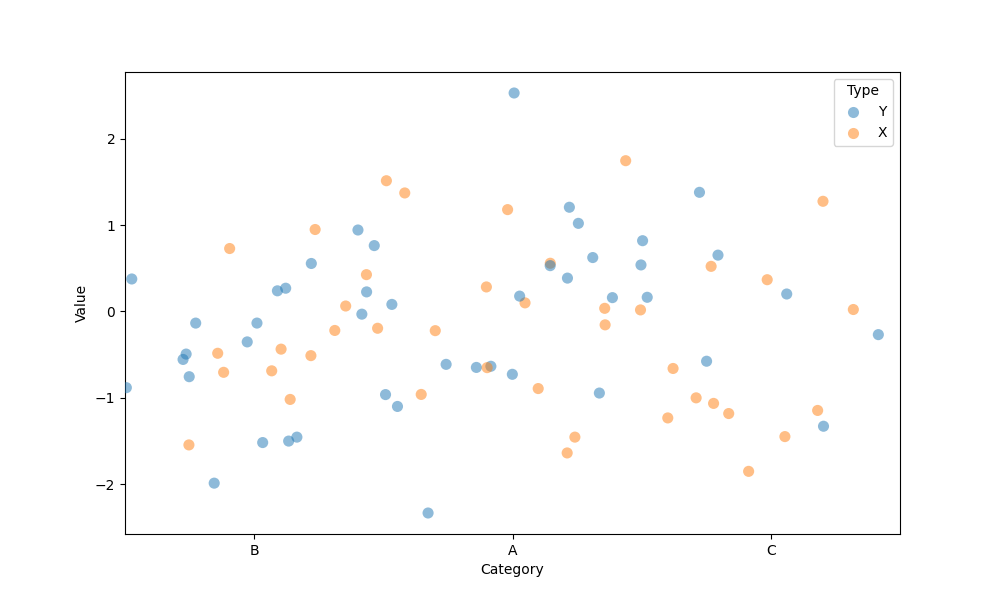
python, seaborn, stripplot, jitter=True, dodge=False, alpha=0.5, size=8